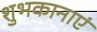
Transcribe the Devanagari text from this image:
शुभकानाएं